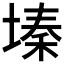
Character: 𫮔